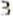
3